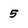
Character: 5